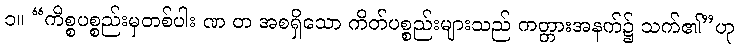
၁။ “ကိစ္စပစ္စည်းမှတစ်ပါး ဏ တ အစရှိသော ကိတ်ပစ္စည်းများသည် ကတ္တားအနက်၌ သက်၏”ဟု